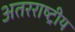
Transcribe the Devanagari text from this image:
अतरराष्ट्रीय